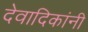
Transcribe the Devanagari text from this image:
देवादिकांनी